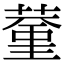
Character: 𦸨